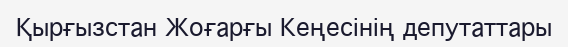
Қырғызстан Жоғарғы Кеңесінің депутаттары